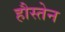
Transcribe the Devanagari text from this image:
हौस्तेन